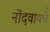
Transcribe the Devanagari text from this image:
नोंदवायचेे